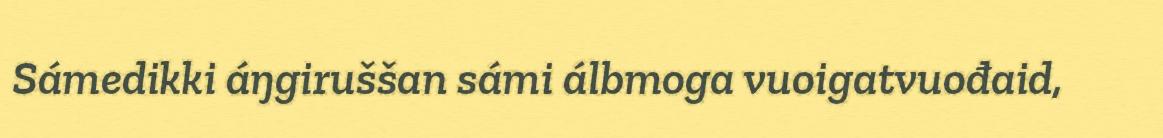
Sámedikki áŋgiruššan sámi álbmoga vuoigatvuođaid,